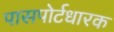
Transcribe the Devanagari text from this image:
पासपोर्टधारक